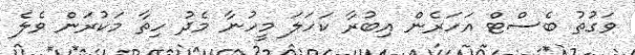
ވަގުތު ބެސްޓް އަހަރެން އިބުރާ ކަހަލަ މީހުނާ މެދު ހިތާ މަކުރަން ވެލެ